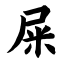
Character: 屎